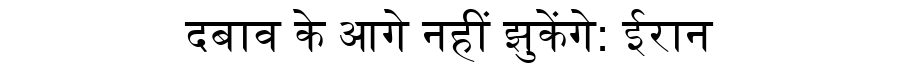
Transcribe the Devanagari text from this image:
दबाव के आगे नहीं झुकेंगे: ईरान